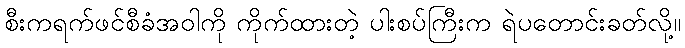
စီးကရက်ဖင်စီခံအဝါကို ကိုက်ထားတဲ့ ပါးစပ်ကြီးက ရဲပတောင်းခတ်လို့။